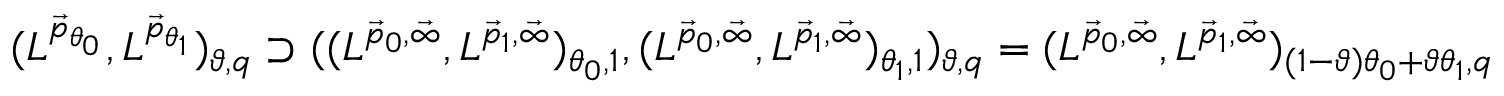
\begin{array} { r } { ( L ^ { \vec { p } _ { \theta _ { 0 } } } , L ^ { \vec { p } _ { \theta _ { 1 } } } ) _ { \vartheta , q } \supset ( ( L ^ { \vec { p } _ { 0 } , \vec { \infty } } , L ^ { \vec { p } _ { 1 } , \vec { \infty } } ) _ { \theta _ { 0 } , 1 } , ( L ^ { \vec { p } _ { 0 } , \vec { \infty } } , L ^ { \vec { p } _ { 1 } , \vec { \infty } } ) _ { \theta _ { 1 } , 1 } ) _ { \vartheta , q } = ( L ^ { \vec { p } _ { 0 } , \vec { \infty } } , L ^ { \vec { p } _ { 1 } , \vec { \infty } } ) _ { ( 1 - \vartheta ) \theta _ { 0 } + \vartheta \theta _ { 1 } , q } } \end{array}